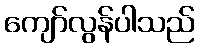
ကျော်လွန်ပါသည်